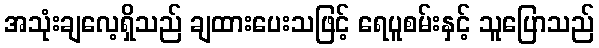
အသုံးချလေ့ရှိသည် ချထားပေးသဖြင့် ရေပူစမ်းနှင့် သူပြောသည်